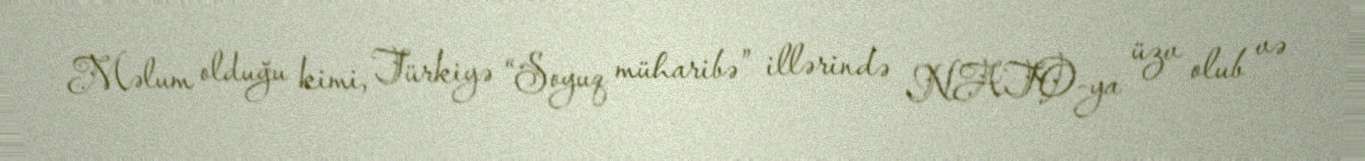
Məlum olduğu kimi, Türkiyə “Soyuq müharibə” illərində NATO-ya üzv olub və